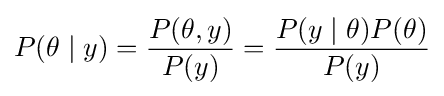
P(\theta \mid y)={\frac {P(\theta ,y)}{P(y)}}={\frac {P(y\mid \theta )P(\theta )}{P(y)}}